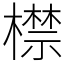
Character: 㯲